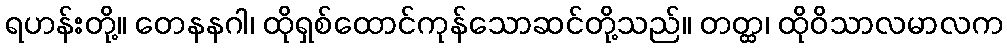
ရဟန်းတို့။ တေနနဂါ၊ ထိုရှစ်ထောင်ကုန်သောဆင်တို့သည်။ တတ္ထ၊ ထိုဝိသာလမာလက